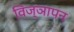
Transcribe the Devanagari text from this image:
विज्ञापन